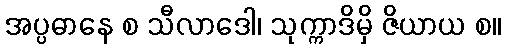
အပ္ပဓာနေ စ သီလာဒေါ၊ သုက္ကာဒိမှိ ဇိယာယ စ။